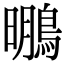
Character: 䳟